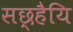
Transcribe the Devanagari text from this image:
सछ्हैयि